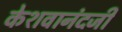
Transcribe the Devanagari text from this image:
केशवानंदजी